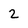
Character: 2